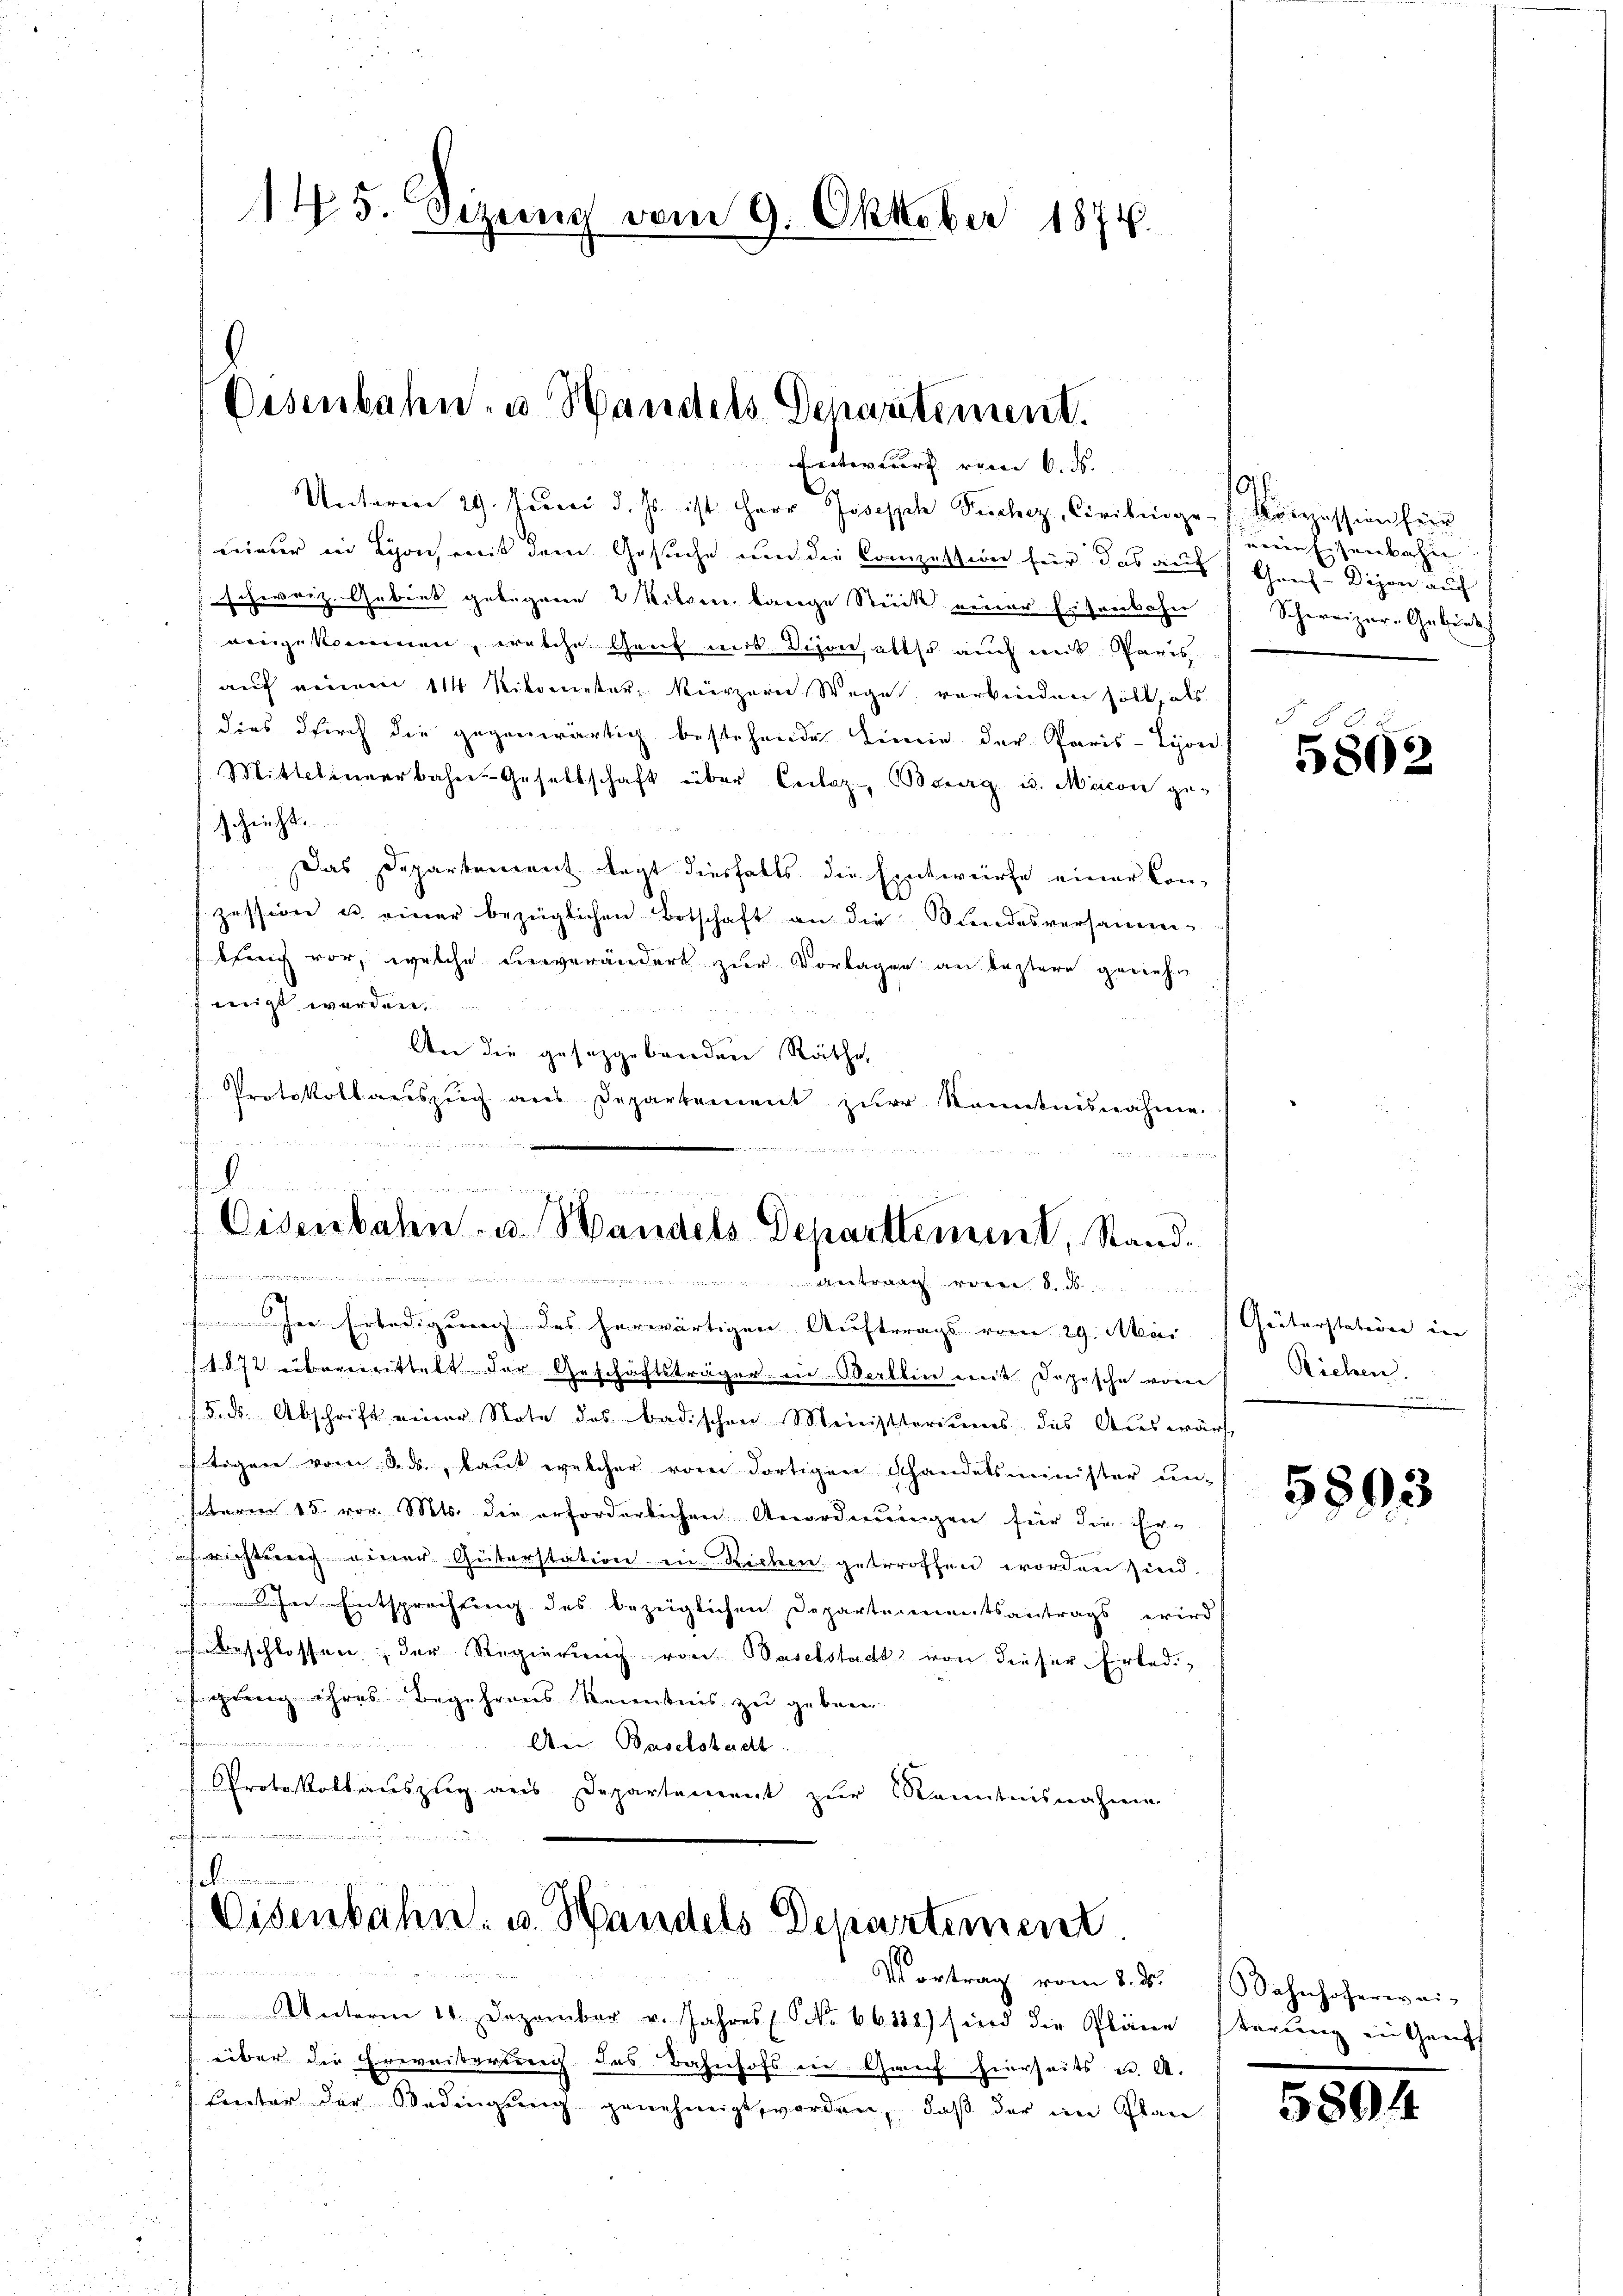
145. Sizung vom 9. Oktober 1874.

Eisenbahn- u. Handels Departement.
Entwurf vom 6. ds.

Unterm 29. Juni d. Js. ist Herr Joseph Pechez, Civilinges. Konzession für
nieur in Lyon mit dem Gesuche um die Compettin für das auf Grus-Dijon auf
schweiz. Gebiet gebogene 2 Kitzen lange Stück einer Eisenbahn
eingekommen, welche Gent mit Dion, also auch mit Paris
auf einem 11 Nikometer kürzern Wege verbinden soll, als
dies durch die gegenwärtig bestehende Linie der Paris-Liore
Mittelmeerbahn-Gesellschaft über Leilaz Burg u. Maicon geschricht.
Das Departenant legt diesfalls die Entwürfe einer Kon-
zessione u. einer bezüglichen Botschaft an die Bundesversammbseg vor, welche unverändert zur Vorlagen an leztere gewehr
nigt werden,
An die gesetzgebenden Räthe,
Protokollauszug aus Departement zŭr Kenntnisnahme

d
2
d
Eisenbahn- u. Handels Departement, Stand.
Incamerinnerung einer

 Antrag wie d
In Erledigung des herwärtigen Auftrags vom 29. Mai
(1872 übermittelt der Geschäftsträger in Berlin mit Depesche vom Richen,
15. ds. Abschrift einer Note des badischen Ministeriums des Auswärt
stoggen vom 3. ds, laut welcher vom dortigen Schandelsminister unterm 15. vor. Mts. die erforderlichen Anordnungen für die Er-
srichtig einer Güterstation in Richen getroffen worden sind.
Entsprechung des bezüglichen Departementsantrags wird
eschlossen der Regierung von Baselstadt von dieser Erledi
fregung ihres Begehrens Kenntnis zu gebern
Arn. Baselstadt
Protokollauszug aus Departement zŭr Kenntnisnahmen.
f

el.
Eisenbahn. v. Handels Departement

Vortrag vom 8. d.

Unterm 18. Dezember v. Jahres (S. 66338) sind die Plänen
über die Erweiterung des Bahnhofs in Gruf hierseits u. A.
ferter der Bedingŭng genehmigt worden, daß der im Plan

eine Eisenbahn
Schweizer-Gebiet

2
5892

Giiterstation in |
e

5893

Sahnhoferwei-
terung in Genf

58944